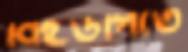
বিইউপিতে